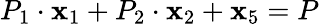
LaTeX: P_{1}\cdot\mathbf{x}_{1}+P_{2}\cdot\mathbf{x}_{2}+\mathbf{x}_{5}=P